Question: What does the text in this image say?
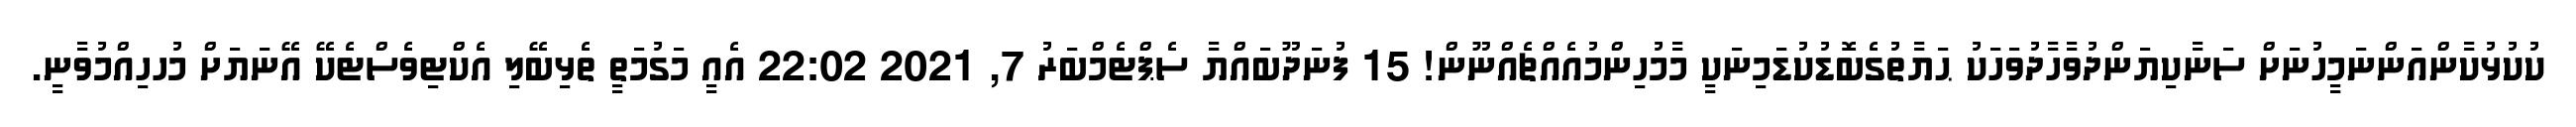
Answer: ކުކުޅުކާންއަންނަމީހުނަށް ސަނާކިޔަންދުވާހާދުވަހަކު ޙަޔާތުގެބޮޑުކުޑަމިނަކީ މާމުހިންމުއެއްޗެއްނޫން! 15 ފުނަދޫބައްޔާ ސެޕްޓެމްބަރު 7, 2021 22:02 އެއީ މަގުމަތީ ތެޅިބޭލި އެކްޓިވެސްޓެކޭ އޭނަޔަށް މުހހިއްމުވާނީ.